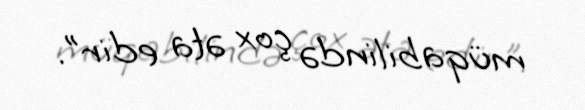
müqabilində çox əta edir”.